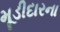
મૂડીદારના